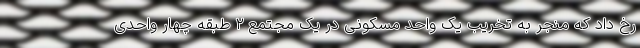
رخ داد که منجر به تخریب یک واحد مسکونی در یک مجتمع ۲ طبقه چهار واحدی